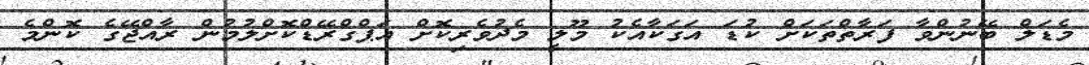
މެޑަލް ބޭނުންވާ ފަރާތްތަކަށް ކުޑަ އަގަކާއެކު މޫލީ މެދުވެރިކޮށް އަޕްގްރޭޑްކޮށްލުމުން ރާއްޖޭގެ ކޮންމެ